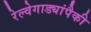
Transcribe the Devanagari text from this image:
रेल्वेगाड्यांपैकी